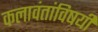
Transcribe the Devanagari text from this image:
कलावंतांविषयी